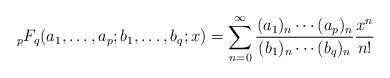
LaTeX: \begin{align*}{}_pF_q(a_1,\dotsc,a_p;b_1,\dotsc,b_q;x)=\sum_{n=0}^\infty\frac{(a_1)_n\dotsm(a_p)_n} {(b_1)_n\dotsm(b_q)_n}\frac{x^n}{n!}\end{align*}